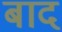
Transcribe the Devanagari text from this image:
बाद